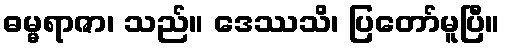
ဓမ္မရာဇာ၊ သည်။ ဒေဿသိ၊ ပြတော်မူပြီ။